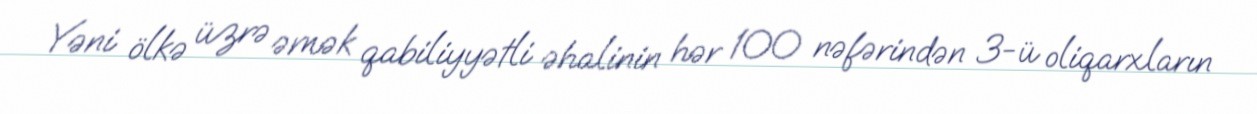
Yəni ölkə üzrə əmək qabiliyyətli əhalinin hər 100 nəfərindən 3-ü oliqarxların